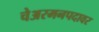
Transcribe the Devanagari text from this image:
चेअरमनपदावर